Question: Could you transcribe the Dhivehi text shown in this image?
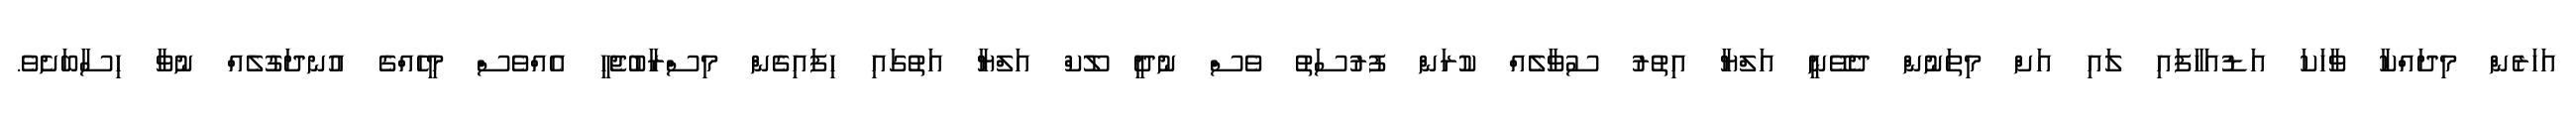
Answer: އަހަރެން މިދައްކާ ވާހަކަ އަޑުއަހާފައި ލައި އަށް މިތަނުން ދެވޭނީ އަލްޔާ އިތުރު ސުވާލެއް ކުރަން ފުރުސަތު ވެސް ނުދީ ލޫކް އަލްޔާ އަތުގައި ހިފައިގެން މިސްރާބުޖެހީ އެއްވެސް މީހެއްގެ އުނދަގުލެއް ނުވާ ހިސާބަށެވެ.